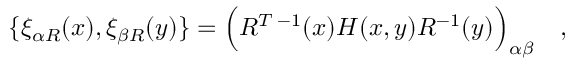
\{ \xi _ { \alpha R } ( x ) , \xi _ { \beta R } ( y ) \} = \Bigl ( R ^ { T \; - 1 } ( x ) { \cal H } ( x , y ) R ^ { - 1 } ( y ) \Bigr ) _ { \alpha \beta } \quad ,